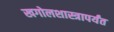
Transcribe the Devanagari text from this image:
खगोलशास्त्रापर्यंत